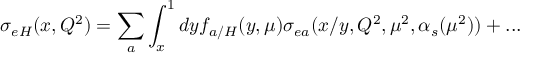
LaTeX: \sigma _ { e H } ( x , Q ^ { 2 } ) = \sum _ { a } \int _ { x } ^ { 1 } d y f _ { a / H } ( y , \mu ) \sigma _ { e a } ( x / y , Q ^ { 2 } , \mu ^ { 2 } , \alpha _ { s } ( \mu ^ { 2 } ) ) + . . .